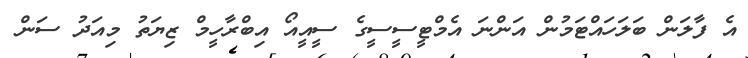
އެ ފާލަން ބަލަހައްޓަމުން އަންނަ އެމްޓީސީސީގެ ސީއީއޯ އިބްރާހީމް ޒިޔަތު މިއަދު ސަން